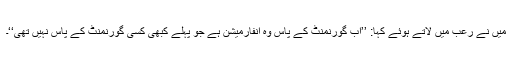
میں نے رعب میں لاتے ہوئے کہا: ’’اب گورنمنٹ کے پاس وہ انفارمیشن ہے جو پہلے کبھی کسی گورنمنٹ کے پاس نہیں تھی‘‘۔